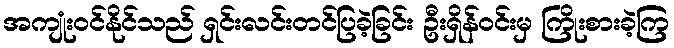
အကျုံးဝင်နိုင်သည် ရှင်းလင်းတင်ပြခဲ့ခြင်း ဦးရှိန်ဝင်းမှ ကြိုးစားခဲ့ကြ